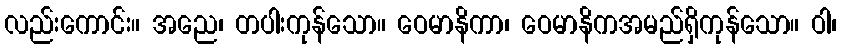
လည်းကောင်း။ အညေ၊ တပါးကုန်သော။ ဝေမာနိကာ၊ ဝေမာနိကအမည်ရှိကုန်သော။ ဝါ၊